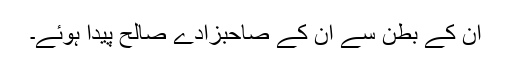
ان کے بطن سے ان کے صاحبزادے صالح پیدا ہوئے۔